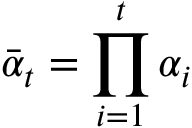
\bar { \alpha } _ { t } = \prod _ { i = 1 } ^ { t } \alpha _ { i }